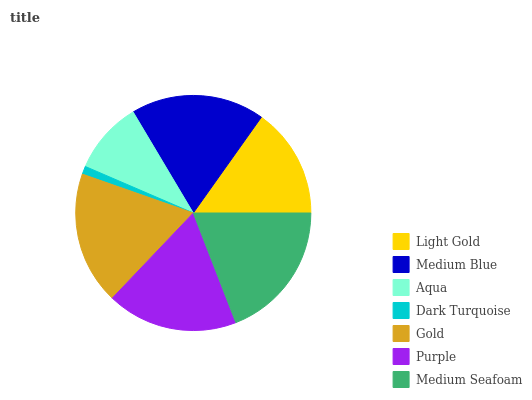
| Light Gold | Medium Blue | Aqua | Dark Turquoise | Gold | Purple | Medium Seafoam |
 | --- | --- | --- | --- | --- | --- | --- |
 | 15.2% | 18.3% | 9.98% | 1.11% | 18.3% | 18% | 19.1% |